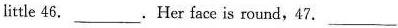
a little 46. ___.Her face is round,47.___